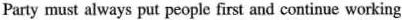
Party must always put people first and continue working